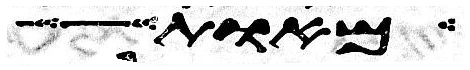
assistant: את גגו